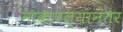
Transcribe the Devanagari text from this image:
नाकारल्यानंतर